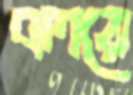
বলয়ে